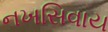
નખસિવાય